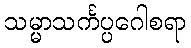
သမ္မာသင်္ကပ္ပဂေါစရာ